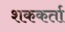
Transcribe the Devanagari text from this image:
शककर्ता